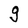
Character: g